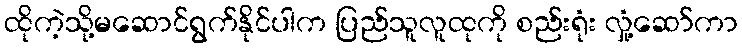
ထိုကဲ့သို့မဆောင်ရွက်နိုင်ပါက ပြည်သူလူထုကို စည်းရုံး လှုံ့ဆော်ကာ